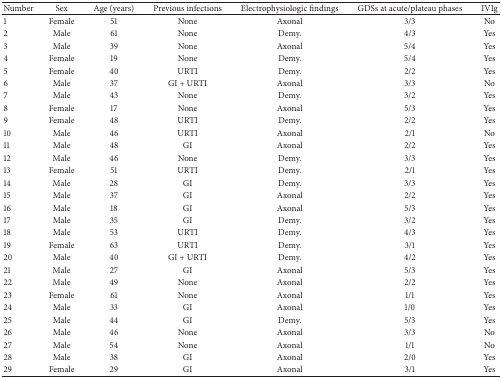
<table><thead><tr><td><b>Number</b></td><td><b>Sex</b></td><td><b>Age (years)</b></td><td><b>Previous infections</b></td><td><b>Electrophysiologic findings</b></td><td><b>GDSs at acute/plateau phases </b></td><td><b>IVIg </b></td></tr></thead><tbody><tr><td>1</td><td>Female</td><td>51</td><td>None</td><td>Axonal</td><td>3/3</td><td>No</td></tr><tr><td>2</td><td>Male</td><td>61</td><td>None</td><td>Demy.</td><td>4/3</td><td>Yes</td></tr><tr><td>3</td><td>Male</td><td>39</td><td>None</td><td>Axonal</td><td>5/4</td><td>Yes</td></tr><tr><td>4</td><td>Female</td><td>19</td><td>None</td><td>Demy.</td><td>5/4</td><td>Yes</td></tr><tr><td>5</td><td>Female</td><td>40</td><td>URTI</td><td>Demy.</td><td>2/2</td><td>Yes</td></tr><tr><td>6</td><td>Male</td><td>37</td><td>GI + URTI</td><td>Axonal</td><td>3/3</td><td>No</td></tr><tr><td>7</td><td>Male</td><td>43</td><td>None</td><td>Demy.</td><td>3/2</td><td>Yes</td></tr><tr><td>8</td><td>Female</td><td>17</td><td>None</td><td>Axonal</td><td>5/3</td><td>Yes</td></tr><tr><td>9</td><td>Female</td><td>48</td><td>URTI</td><td>Demy.</td><td>2/2</td><td>Yes</td></tr><tr><td>10</td><td>Male</td><td>46</td><td>URTI</td><td>Axonal</td><td>2/1</td><td>No</td></tr><tr><td>11</td><td>Male</td><td>48</td><td>GI</td><td>Axonal</td><td>2/2</td><td>Yes</td></tr><tr><td>12</td><td>Male</td><td>46</td><td>None</td><td>Demy.</td><td>3/3</td><td>Yes</td></tr><tr><td>13</td><td>Female</td><td>51</td><td>URTI</td><td>Demy.</td><td>2/1</td><td>Yes</td></tr><tr><td>14</td><td>Male</td><td>28</td><td>GI</td><td>Demy.</td><td>3/3</td><td>Yes</td></tr><tr><td>15</td><td>Male</td><td>37</td><td>GI</td><td>Axonal</td><td>2/2</td><td>Yes</td></tr><tr><td>16</td><td>Male</td><td>18</td><td>GI</td><td>Axonal</td><td>5/3</td><td>Yes</td></tr><tr><td>17</td><td>Male</td><td>35</td><td>GI</td><td>Demy.</td><td>3/2</td><td>Yes</td></tr><tr><td>18</td><td>Male</td><td>53</td><td>URTI</td><td>Demy.</td><td>4/3</td><td>Yes</td></tr><tr><td>19</td><td>Female</td><td>63</td><td>URTI</td><td>Demy.</td><td>3/1</td><td>Yes</td></tr><tr><td>20</td><td>Male</td><td>40</td><td>GI + URTI</td><td>Demy.</td><td>4/2</td><td>Yes</td></tr><tr><td>21</td><td>Male</td><td>27</td><td>GI</td><td>Axonal</td><td>5/3</td><td>Yes</td></tr><tr><td>22</td><td>Male</td><td>49</td><td>None</td><td>Axonal</td><td>2/2</td><td>Yes</td></tr><tr><td>23</td><td>Female</td><td>61</td><td>None</td><td>Axonal</td><td>1/1</td><td>Yes</td></tr><tr><td>24</td><td>Male</td><td>33</td><td>GI</td><td>Axonal</td><td>1/0</td><td>Yes</td></tr><tr><td>25</td><td>Male</td><td>44</td><td>GI</td><td>Demy.</td><td>5/3</td><td>Yes</td></tr><tr><td>26</td><td>Male</td><td>46</td><td>None</td><td>Axonal</td><td>3/3</td><td>No</td></tr><tr><td>27</td><td>Male</td><td>54</td><td>None</td><td>Axonal</td><td>1/1</td><td>No</td></tr><tr><td>28</td><td>Male</td><td>38</td><td>GI</td><td>Axonal</td><td>2/0</td><td>Yes</td></tr><tr><td>29</td><td>Female</td><td>29</td><td>GI</td><td>Axonal</td><td>3/1</td><td>Yes</td></tr></tbody></table>